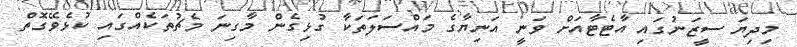
މިދިޔަ ސީޒަނުގައި އާޓެޓާއަށް ވަނީ އަނިޔާގެ މައްސަލަތަކާ ގުޅިގެން މާގިނަ މެޗުތަކެއްގައި ކުޅެވޭގޮތް